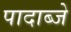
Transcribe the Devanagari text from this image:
पादाब्जे